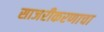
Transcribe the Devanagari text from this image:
साजरीकरणाचा